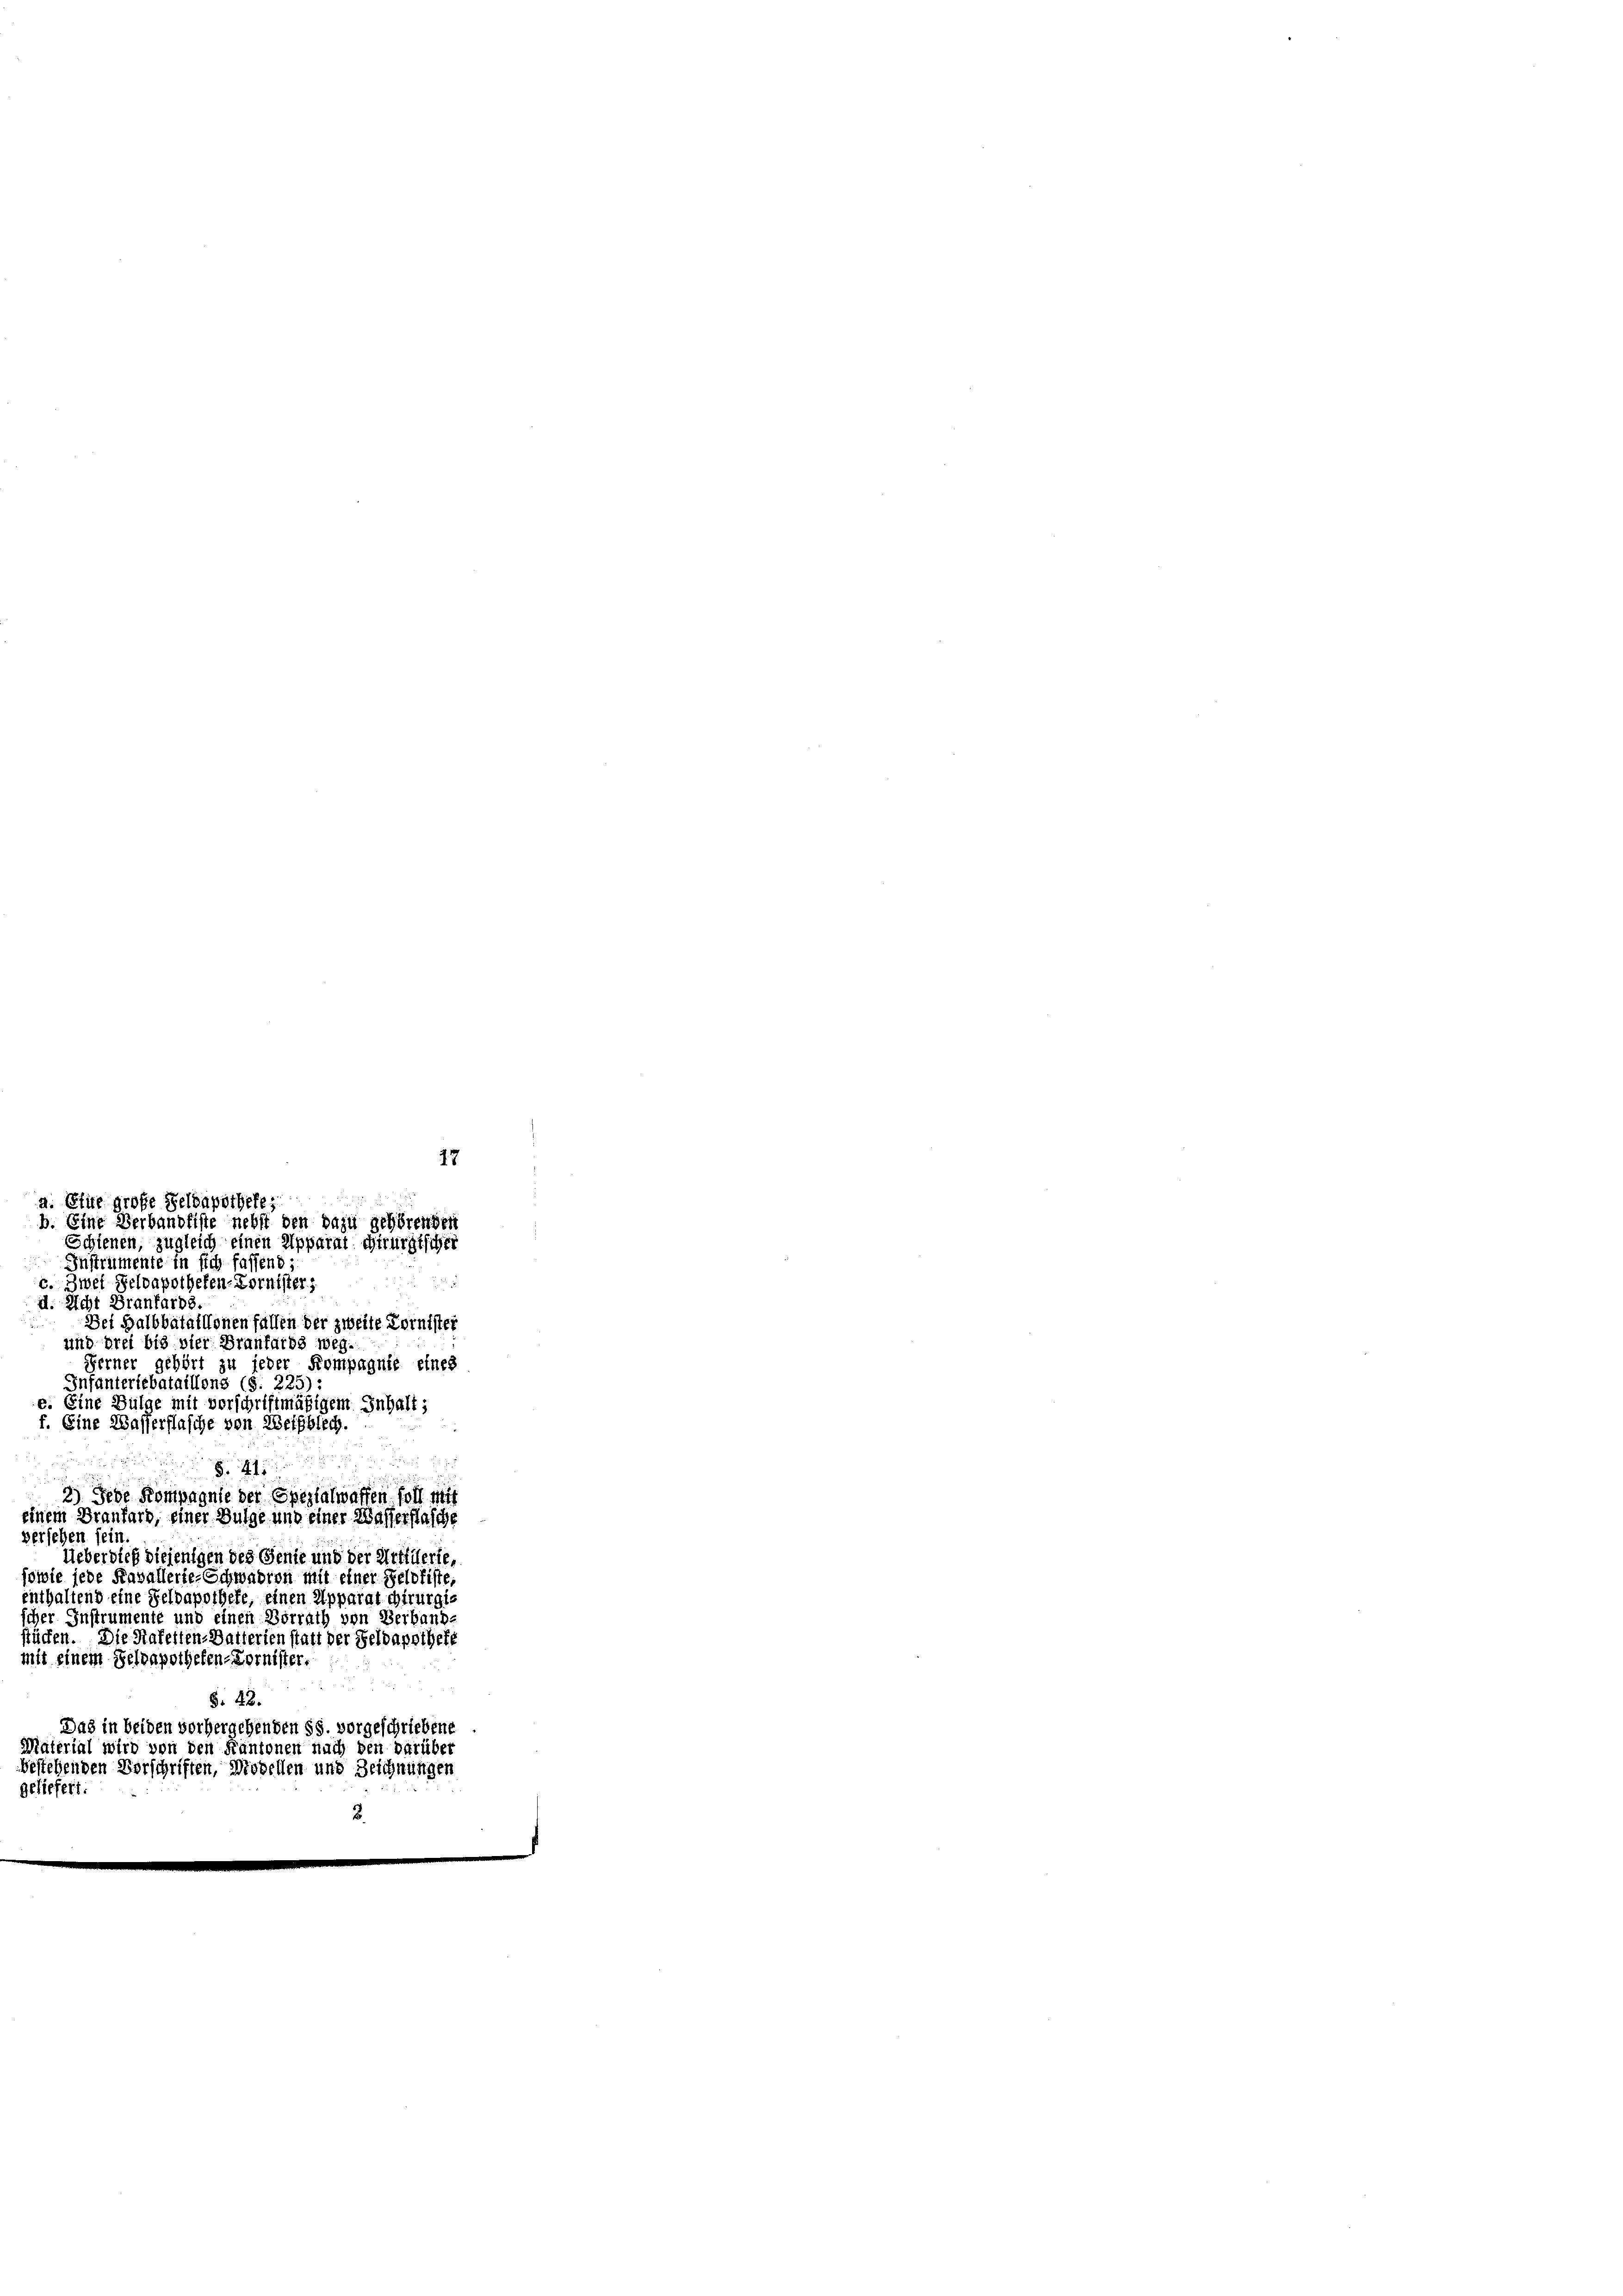
Instrumente in sich fassend;
c. Zwei Seloapotheken-Cornister
d. Richt Branfarbe
Dei Halbbataillonen fallen der zweite Tornister
und drei bis vier Branfards weg.
Ferner gehört zu jeder Kompagnie eines
Infanterlebataillons (S. 225):
e. Eine Bülge mit vorschriftmäßigem Inhalt;
f. Eine Wasserflasche von Weihblich.

41
2) Jede Kompagnie der Spezialwaffen soll mit
einem Draufard, einer Bulge und einer Wasserstasche
versehen sein
Ueberdieß diejenigen des Genie und der Artillerie,
dwie jede Kavallerie-Schwadron mit einer Gelofiste
enthaltend eine Feldapothefe, einen Apparat chirurgis
scher Instrumente und einen Vorrath von Berband
stücken. Die Hafelten-Datterien statt der Feldapothefe
mit einem Geldapotheken-Cornister.

17
a. Etile große Feldapotheke
b. Eine Verbandfiste nebst den dazu gehörenden
Schienen, zugleich einen Apparat chirurgischei

§. 48.
Das in beiden vorhergehenden §§. vorgeschriebene
Material wird von den Kantonen nach den darüber

bestehenden Vorschriften, Modellen und Zeichnungen
sliefert.

“